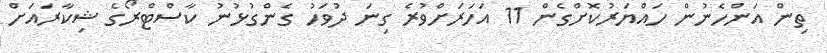
ތިން އަންހެނުން ހައްޔަރުކޮށްގެން 11 އަހަރަށްވުރެ ގިނަ ދުވަހު ގެންގުޅުނު ކާސްޓްރޯގެ ޝިކާރައަށް